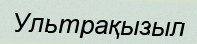
Ультрақызыл